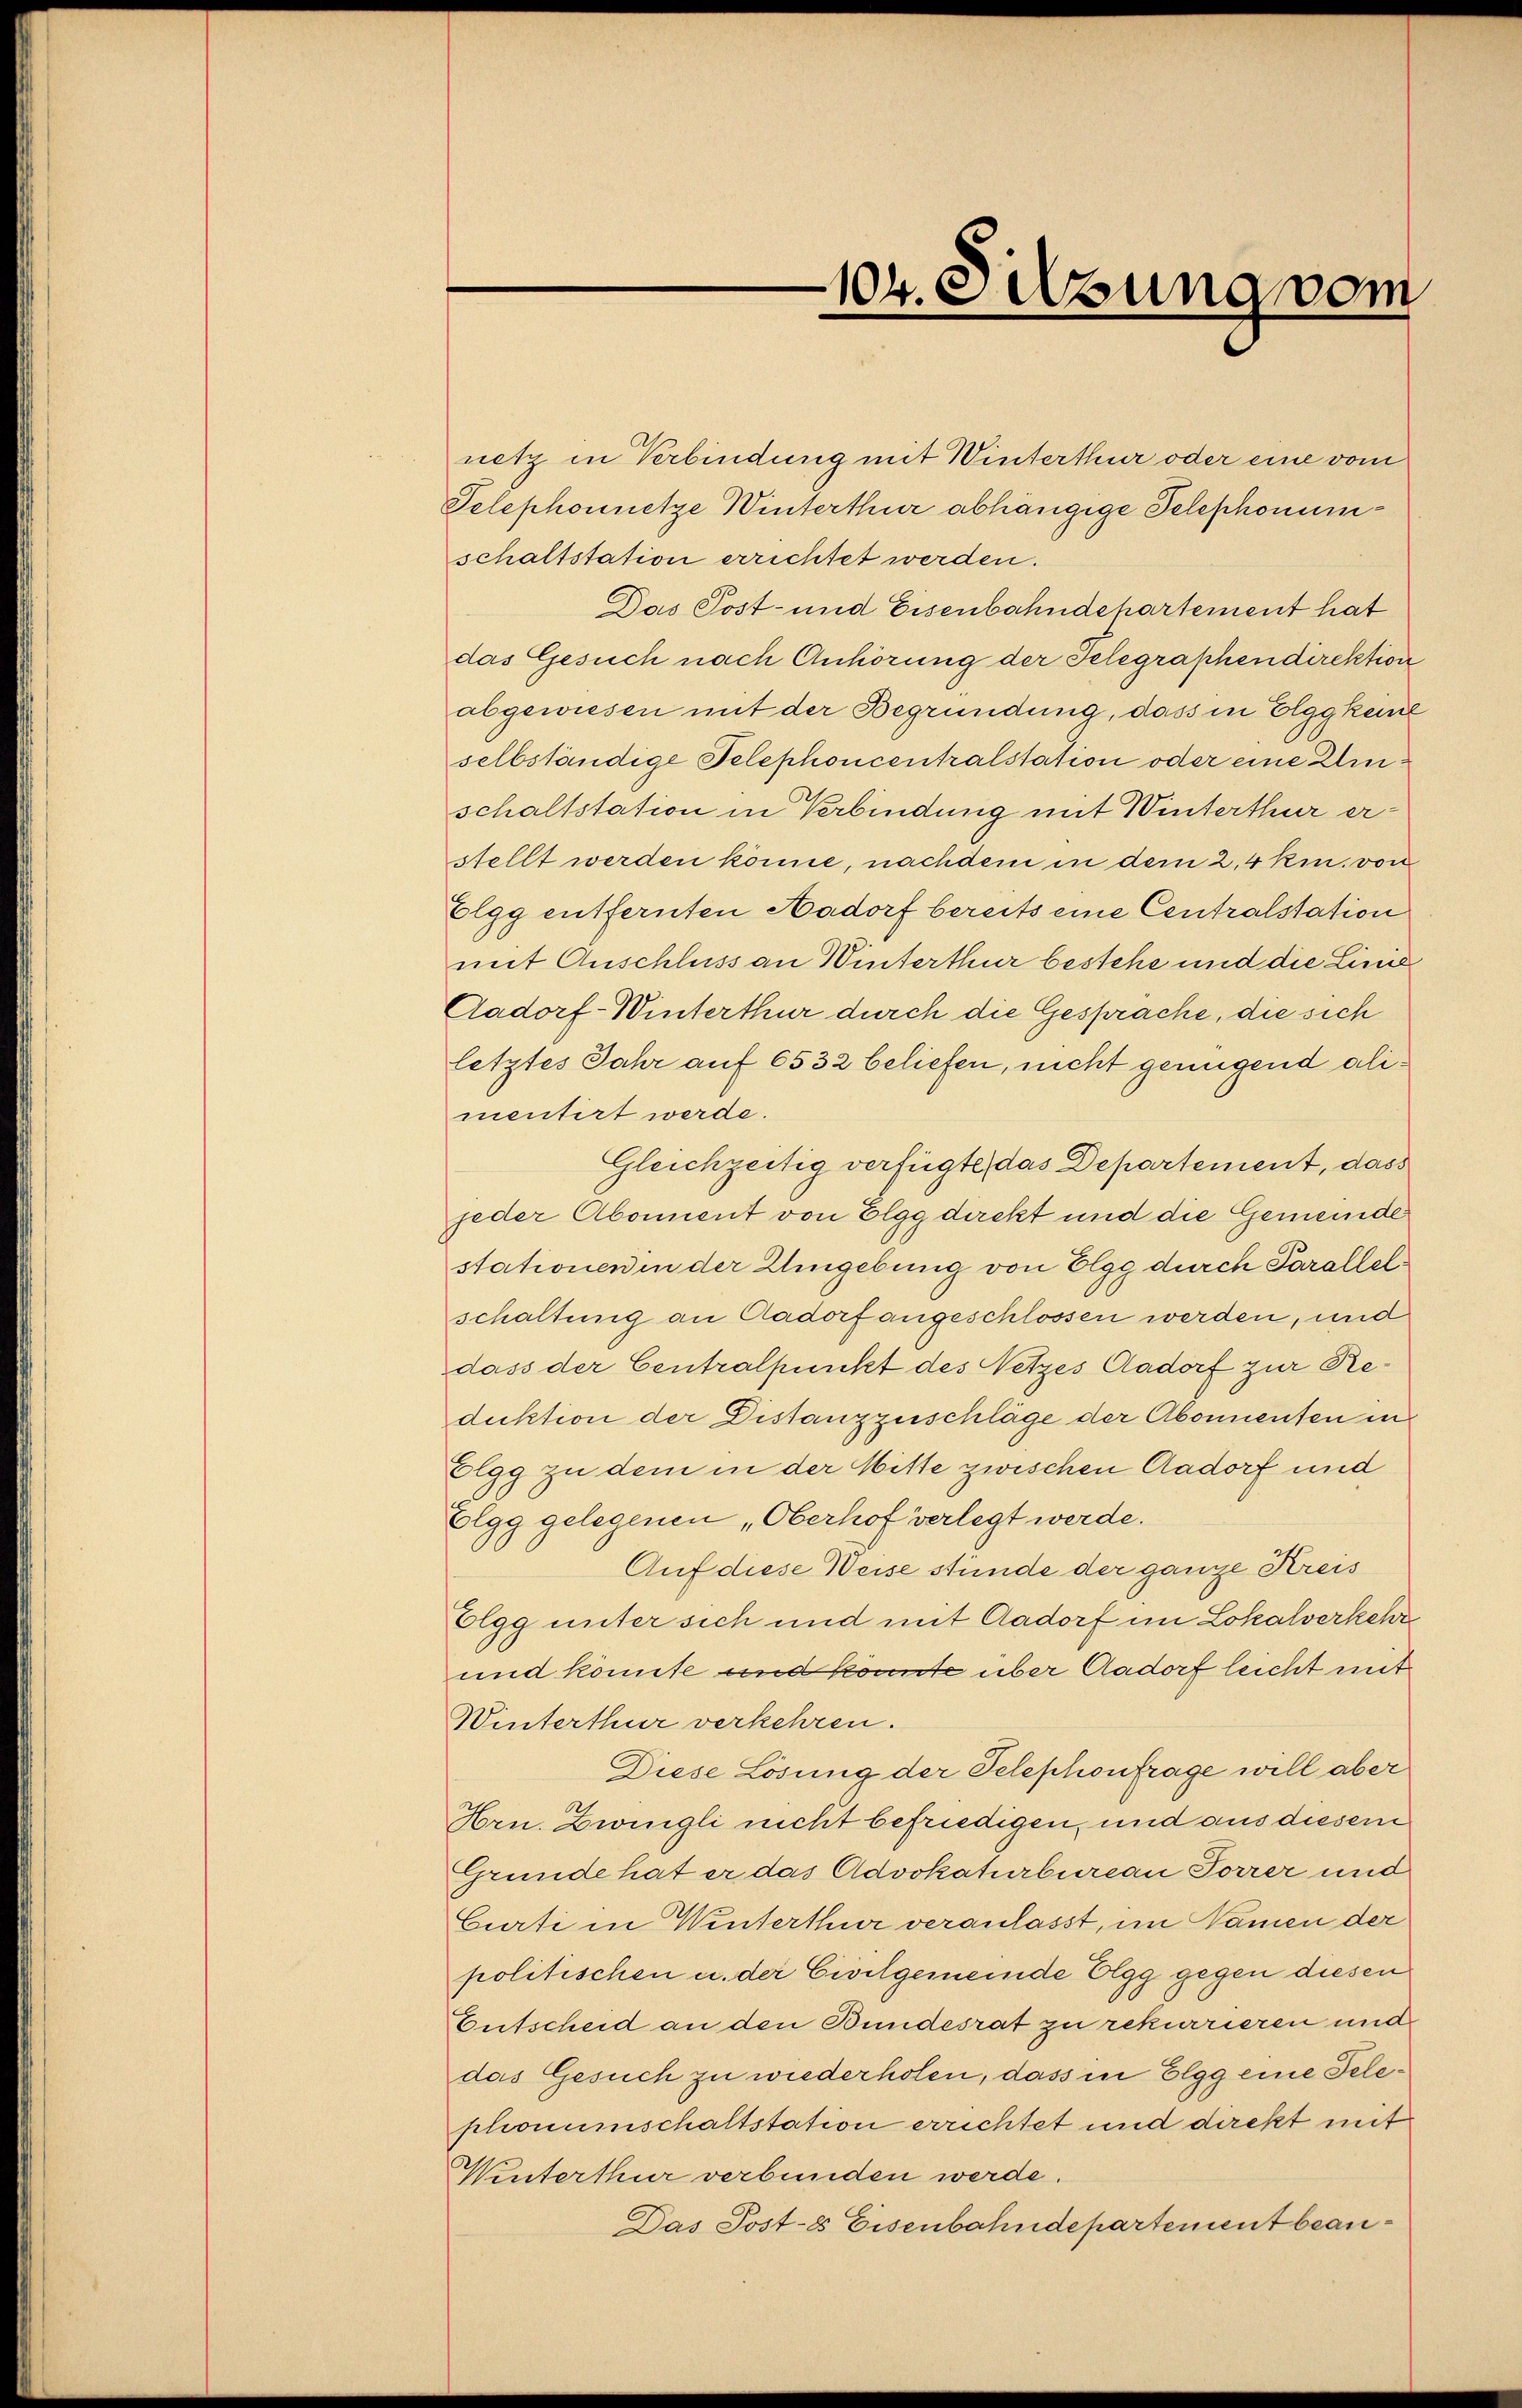
netz in Verbindung mit Winterthur oder eine vom
Telephonnetze Winterthur abhängige Telephonumschaltstation errichtet werden.
Das Post- und Eisenbahndepartement hat
das Gesuch nach Anhörung der Telegraphendirektion
abgewiesen mit der Begründung, dass in Elgg keine
selbständige Telephoncentralstation oder eine Umschaltstation in Verbindung mit Winterthur erstellt werden könne, nachdem in dem 2,4 kin. von
Elgg entfernten Aadorf bereits eine Centralstation
mit Anschluss an Winterthur bestehe und die Linie
Aadorf-Winterthur durch die Gesprache, die sich
letztes Jahr auf 6532 beliefen, nicht genügend alimentirt werde.
Gleichzeitig verfügte, das Departement, dass
jeder Abonnent von Elgg direkt und die Gemeinde
stationen in der Umgebung von Elgg durch Parallelschaltung an Aadorf angeschlossen werden, und
dass der Centralpunkt des Netzes Aadorf zur Reduktion der Distanzzuschläge der Abonnenten in
Elgg zu dem in der Mitte zwischen Aadorf und
Elgg gelegenen „Oberhof verlegt werde.
Auf diese Weise stünde der ganze Kreis
Elgg unter sich und mit Aadorf im Lokalverkehr
und könnte und könnte über Aadorf leicht mit
Winterthur verkehren.
Diese Lösung der Telephonfrage will aber
Hrn. Zwingli nicht befriedigen, und aus diesem
Gründe hat er das Advokaturbureau Forrer und
Curti in Winterthur veranlasst, im Namen der
politischen u. der Civilgemeinde Elgg gegen diesen
Entscheid an den Bundesrat zu rekurrieren und
das Gesuch zu wiederholen, dass in Elgg eine Teleschonumschaltstation errichtet und dickt mit
Winterthur verbunden werde.
Das Post-8 Eisenbahndepartement bean¬

104. Fügung vom